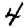
Digit: 4